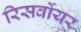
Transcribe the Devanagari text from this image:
रिसर्वोयर